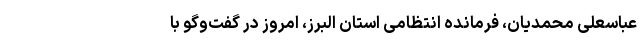
عباسعلی محمدیان، فرمانده انتظامی استان البرز، امروز در گفت‌وگو با